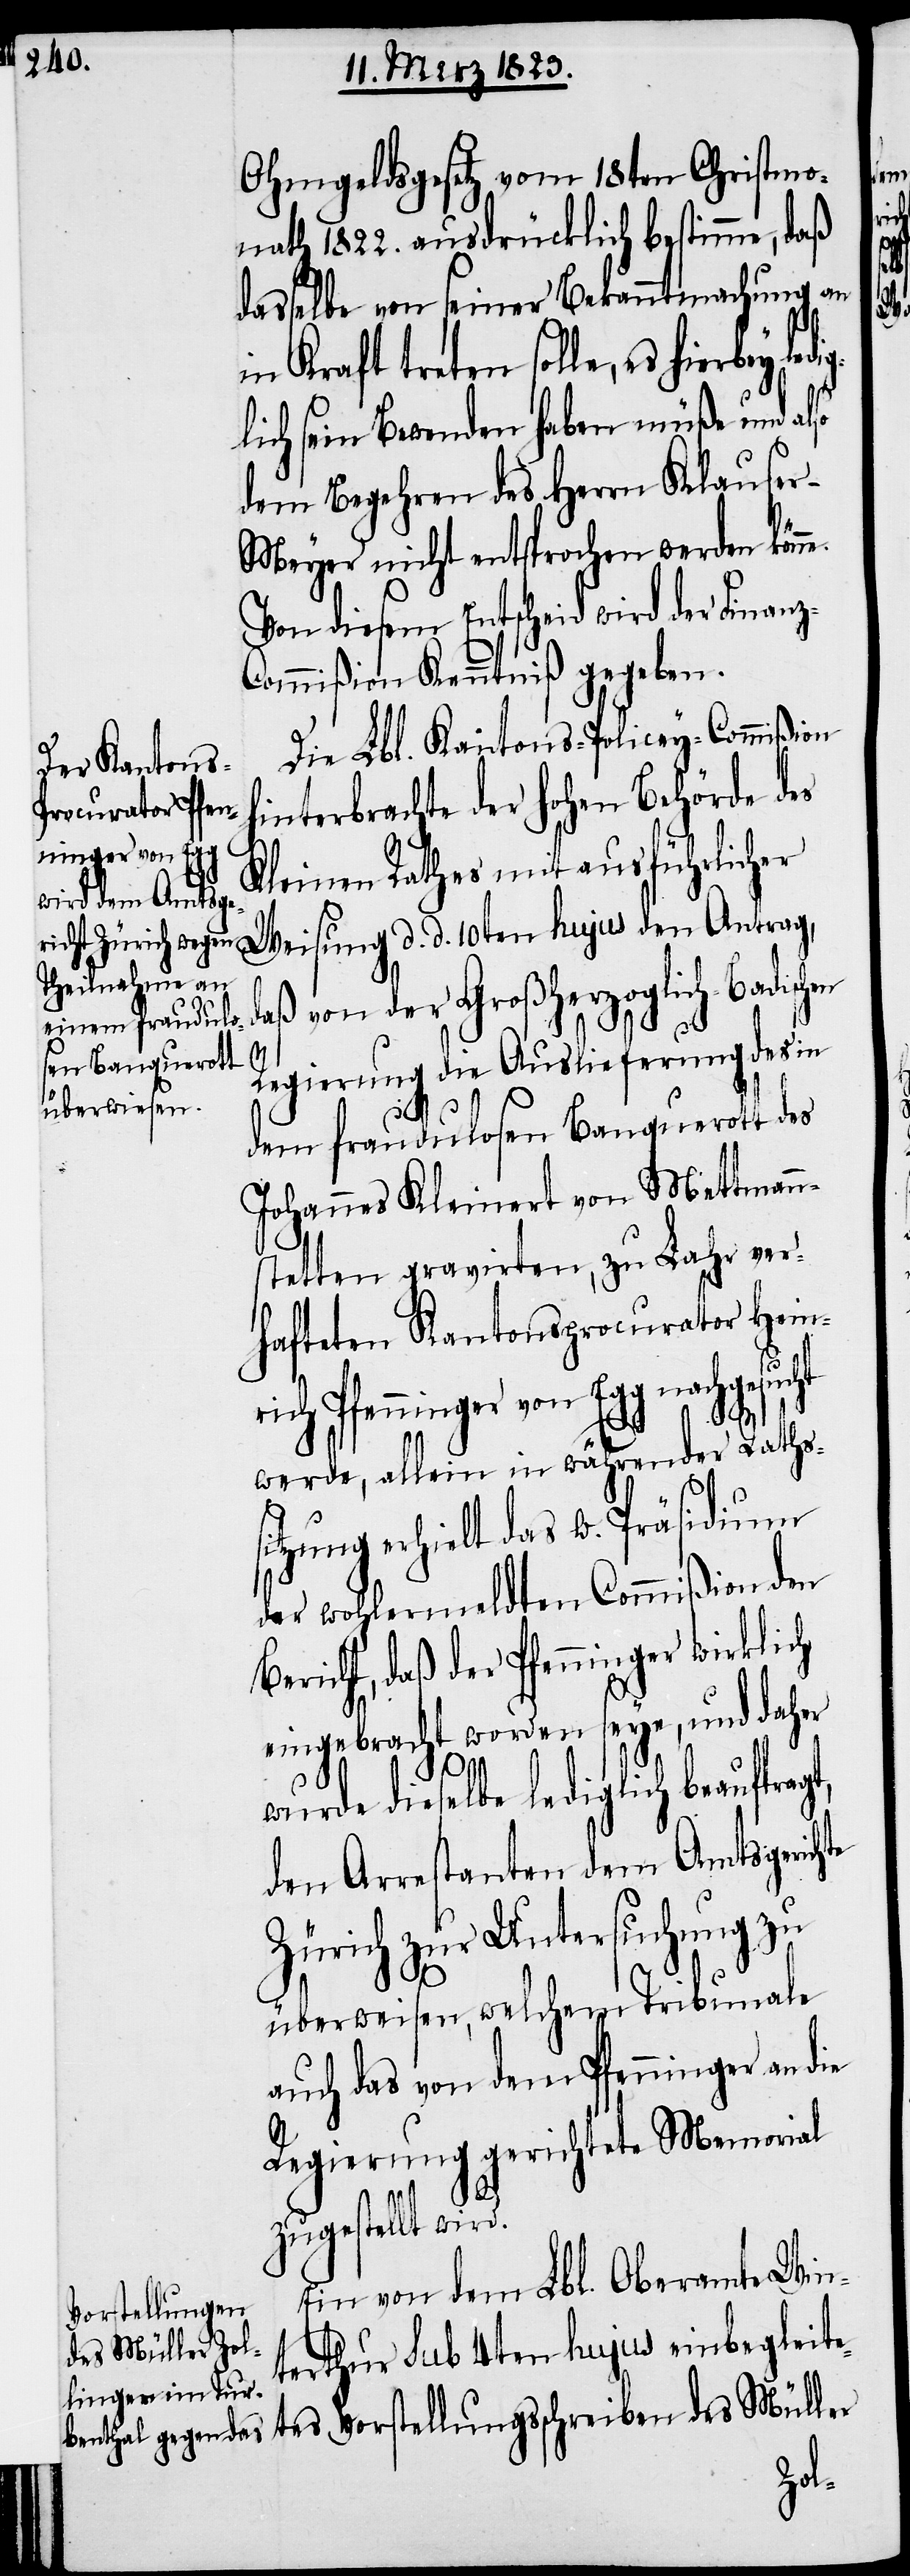
Ohmgeldsgesetz vom 18ten Christmo¬
nath 1822. ausdrücklich bestimme, daß
dasselbe von seiner Bekanntmachung an
Kraft treten solle, es hierbey
lich sein Bewenden haben müße und also
dem Begehren des Herrn Klause¬
r-Meyer nicht entsprochen werden könn¬
Von diesem Entscheid wird der Finan¬
ommißion Kenntniß gegeben.
Die Lbl. Kantons-Policey-Commißion
hinterbrachte der hohen Behörde des
nninger von Egg
Kleinen Rathes mit ausführlicher
Weisung d. d. 10ten hujus den Antrag,
daß von der Großherzoglich-Badisch¬
e.
Regierung die Auslieferung des in
dem fraudulosen Banquerott des
Johannes Kleinert von Mettmann¬
stetten gravirten, zu Lahr ver¬
hafteten Kantonsprocurator Heinr¬
werde, allein in währender Rathss¬
itzung erhielt das w. Präsidium
der wohlermeldten Commißion den
Bericht, daß der Pfenninger wirkli¬
eingebracht worden seye, und daher
ch
wurde dieselbe lediglich beauftragt,
den Arrestanten dem Amtsgerichte
Zürich zur Untersuchung zu
überweisen, welchem Tribunale
auch das von dem Pfenninger an die
Regierung gerichtete Memorial
zugestellt wird.
Ein von dem Lbl. Oberamte Win¬
terthur Sub 4ten hujus einbegleite¬
tes